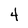
Character: 4